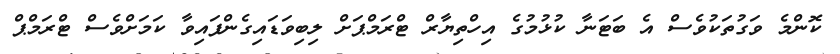
ކޮންމެ ވަގުތަކުވެސް އެ ބަޓަނާ ކުޅުމުގެ އިހްތިޔާރް ޓްރަމްޕަށް ލިބިވަޑައިގެންފައިވާ ކަމަށްވެސް ޓްރަމްޕް